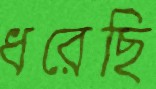
ধরেছি